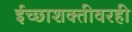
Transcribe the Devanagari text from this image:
ईच्छाशक्तीवरही